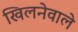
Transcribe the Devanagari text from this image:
खिलनेवाले